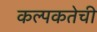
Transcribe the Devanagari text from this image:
कल्पकतेची